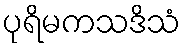
ပုရိမကသဒိသံ